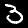
Digit: 3